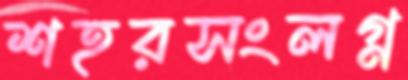
শহরসংলগ্ন